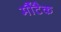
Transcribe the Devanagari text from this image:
मौंटैक